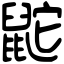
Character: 鼧